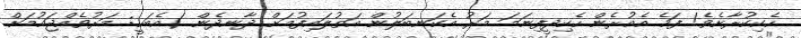
ހެކިކުރާށެވެ! ފަހެ އެއުރެން ހެކިދީފިނަމަ މަރު އެކަނބަލުން އަތުލައިފުމަށް ދާނދެން (އެބަހީ: މަރުވެއްޖައުމަށް